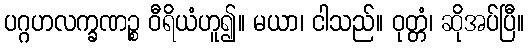
ပဂ္ဂဟလက္ခဏဉ္စ ဝီရိယံဟူ၍။ မယာ၊ ငါသည်။ ဝုတ္တံ၊ ဆိုအပ်ပြီ။